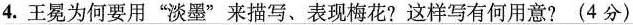
4. 王冕为何要用”淡墨”来描写、表现梅花?这样写有何用意?(4分)